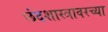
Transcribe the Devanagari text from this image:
छंदशास्त्रावरच्या